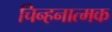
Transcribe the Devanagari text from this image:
चिन्हनात्मक